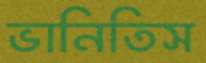
ভানিতিস